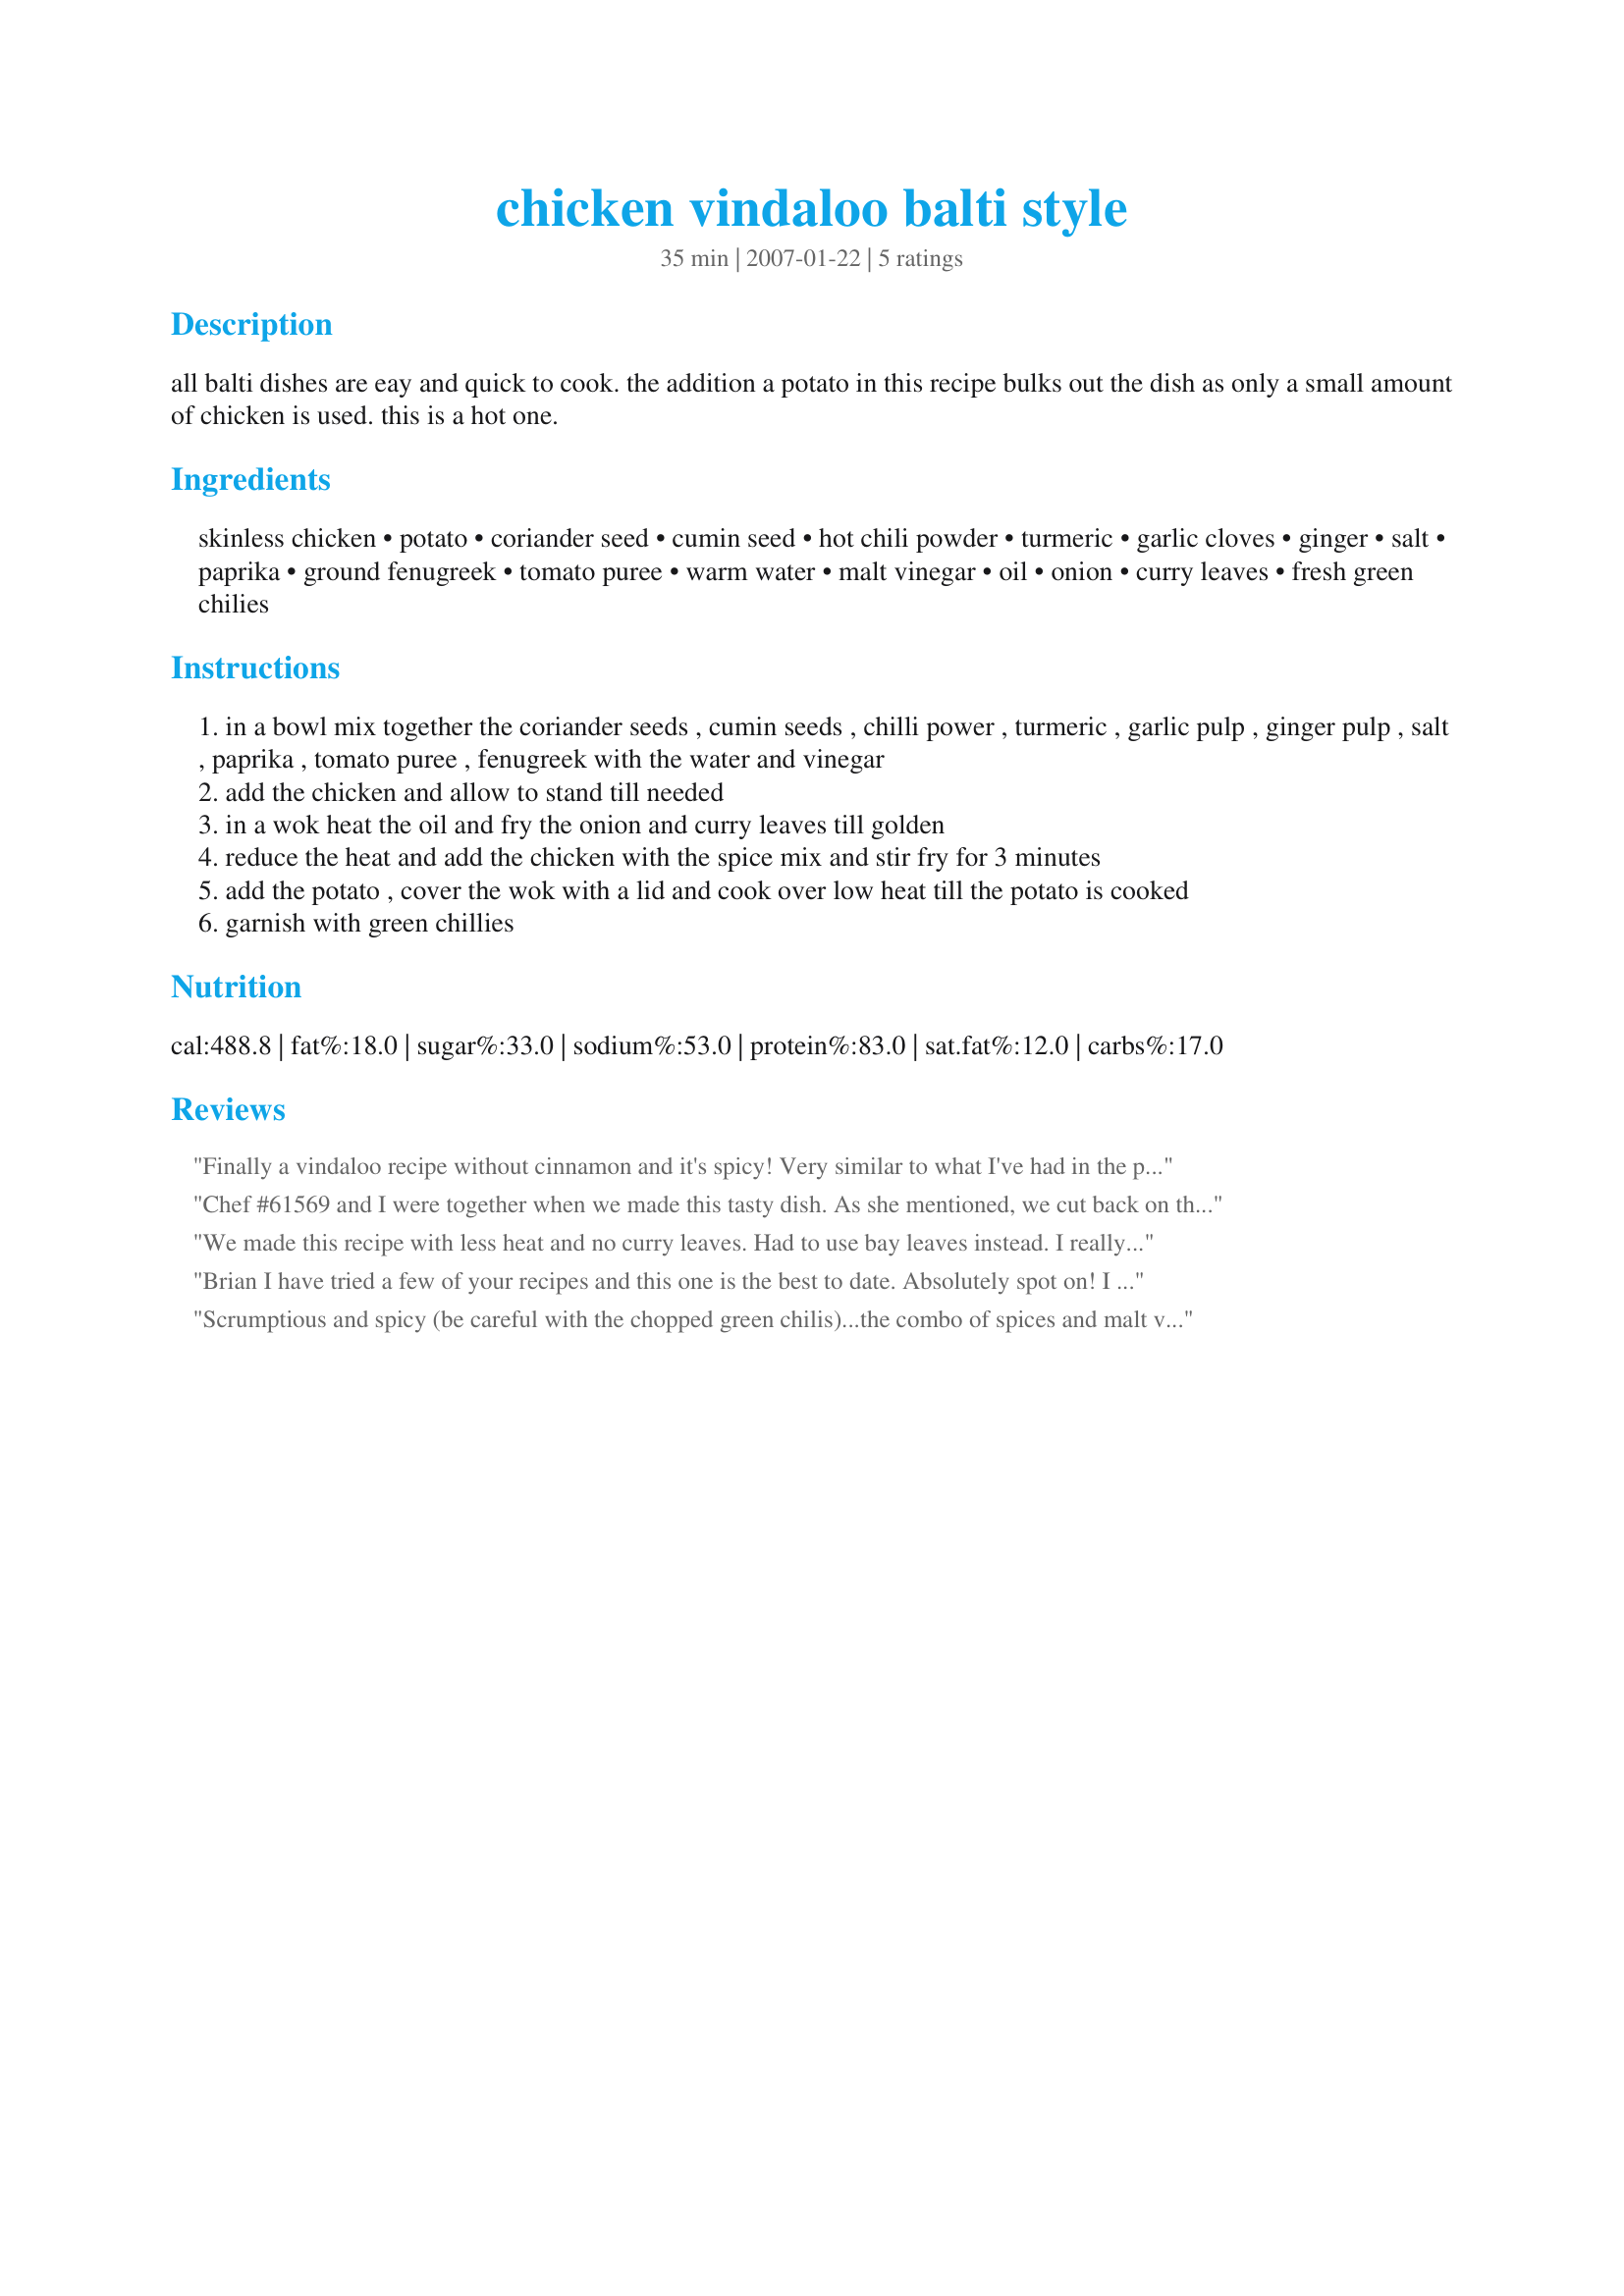
chicken vindaloo balti style
Preparation time: 35 minutes

all balti dishes are eay and quick to cook. the addition a potato in this recipe bulks out the dish as only a small amount of chicken is used. this is a hot one.

Ingredients:
skinless chicken, potato, coriander seed, cumin seed, hot chili powder, turmeric, garlic cloves, ginger, salt, paprika, ground fenugreek, tomato puree, warm water, malt vinegar, oil, onion, curry leaves, fresh green chilies

Steps:
in a bowl mix together the coriander seeds , cumin seeds , chilli power , turmeric , garlic pulp , ginger pulp , salt , paprika , tomato puree , fenugreek with the water and vinegar
add the chicken and allow to stand till needed
in a wok heat the oil and fry the onion and curry leaves till golden
reduce the heat and add the chicken with the spice mix and stir fry for 3 minutes
add the potato , cover the wok with a lid and cook over low heat till the potato is cooked
garnish with green chillies

Reviews:
Finally a vindaloo recipe without cinnamon and it's spicy! Very similar to what I've had in the past. Exactly what I was looking for.
Chef #61569 and I were together when we made this tasty dish. As she mentioned, we cut back on the heat (to cater for tamer tastebuds) and had to replace the curry leaves with bay leaves. I felt a little something was missing and am very keen to try this again when I can make it using proper curry leaves. That said, we thoroughly enjoyed our meal. Thanks for sharing so many fine recipes.
We made this recipe with less heat and no curry leaves. Had to use bay leaves instead. I really liked the sharpness of vinegar taste to this curry which reminded me a bit of adobo but tastier. Thank you for posting this recipe Brian. I intend to try most of your Indian inspired recipes.
Brian I have tried a few of your recipes and this one is the best to date. Absolutely spot on! I used wine vinegar because I too live in Spain and its easier to get. I added 1/2 tsp more of coriander and cumin, you cant spoil it. I suspect a few mustard seeds might compliment this but might try next time. Many thanks.
Scrumptious and spicy (be careful with the chopped green chilis)...the combo of spices and malt vinegar flavor is so good. It wasn't quick for me. I had it cooking for about half an hour and the potato still wasn't done but the chicken was overdone. I wonder if I shouldn't have put all the liquids into the wok with the chicken. The Indian market was out of curry leaves so on their recommendation I used curry leaf powder, which is different than curry powder and gave this an authentic flavor.
